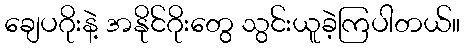
ချေပဂိုးနဲ့ အနိုင်ဂိုးတွေ သွင်းယူခဲ့ကြပါတယ်။